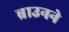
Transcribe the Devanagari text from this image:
ब्राउनने